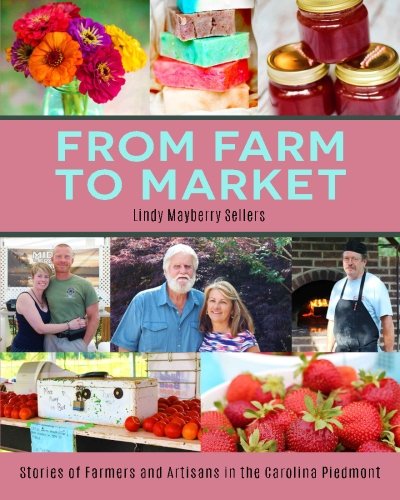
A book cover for From Farm to Market: Stories of Farmers & Artisans in the Carolina Piedmont; Lindy Mayberry Sellers; Business & Money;